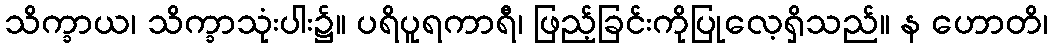
သိက္ခာယ၊ သိက္ခာသုံးပါး၌။ ပရိပူရကာရီ၊ ဖြည့်ခြင်းကိုပြုလေ့ရှိသည်။ န ဟောတိ၊